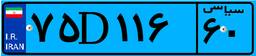
۷۵D۱۱۶۶۰